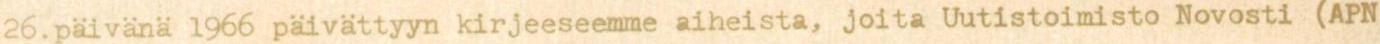
26.päivänä 1966 päivättyyn kirjeeseemme aiheista, joita Uutistoimisto Novosti (APN